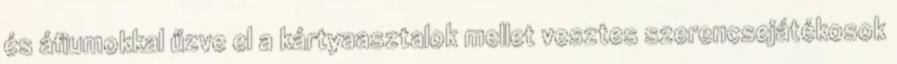
és áfiumokkal űzve el a kártyaasztalok mellet vesztes szerencsejátékosok